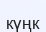
күңк